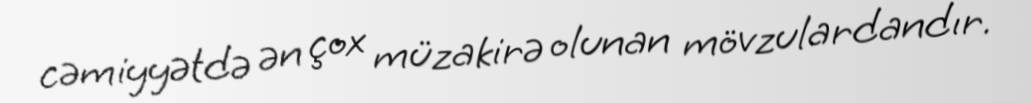
cəmiyyətdə ən çox müzakirə olunan mövzulardandır.